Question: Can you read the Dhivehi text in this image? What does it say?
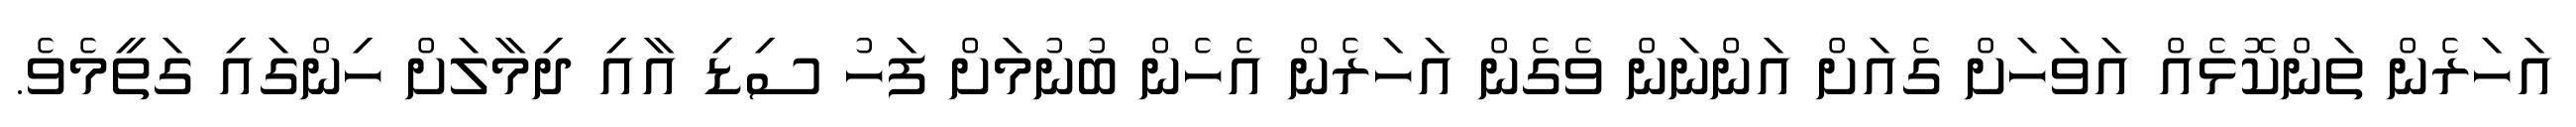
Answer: އަހަރެން ތަންކޮޅެއް އަވަހަށް ގެއަށް އަންނަން ވެގެން އަހަރެން އެހެން ބުނުމަށް ފަހު ސިޑި އާއި ދިމާލަށް ހިންގައި ގަތީމެވެ.